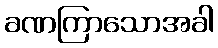
ခဏကြာသောအခါ